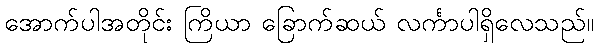
အောက်ပါအတိုင်း ကြိယာ ခြောက်ဆယ် လင်္ကာပါရှိလေသည်။